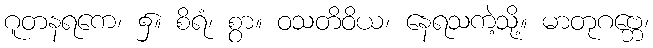
ဂူတနရကေ၊ ၌။ စိရံ၊ စွာ။ ဝသတိဝိယ၊ နေရသကဲ့သို့။ မာတုဂဗ္ဘေ၊